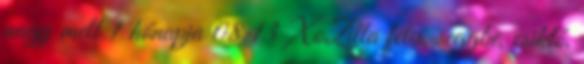
nagy mell 1 hónapja 08:13 XoZilla fétis, seggbe, csikló,